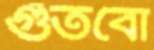
গুঁতবো